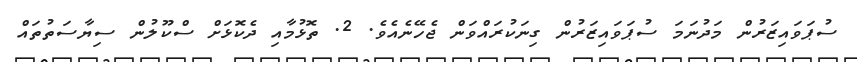
ސުޕަވައިޒަރުން މަދުނަމަ ސުޕަވައިޒަރުން ގިނަކުރައްވަން ޖެހޭނެއެވެ. 2. ތޮޅުމާއި ދެކޮޅަށް ސްކޫލުން ސިޔާސަތުތައް